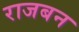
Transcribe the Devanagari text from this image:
राजबन